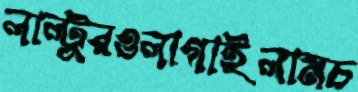
লাল্টুরওলাগাইলামচ